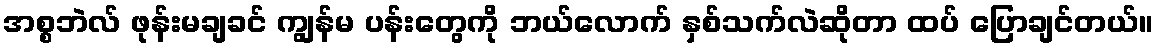
အစ္စဘဲလ် ဖုန်းမချခင် ကျွန်မ ပန်းတွေကို ဘယ်လောက် နှစ်သက်လဲဆိုတာ ထပ် ပြောချင်တယ်။